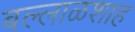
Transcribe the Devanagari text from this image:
बल्लाळशाह